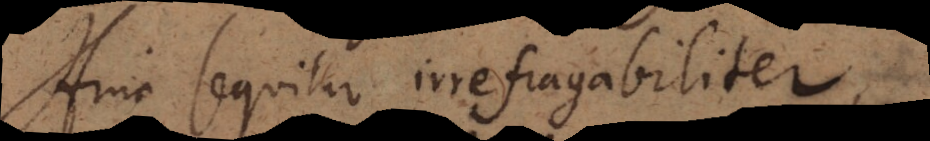
Hinc sequitur irrefragabiliter